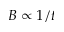
B \propto 1 / t